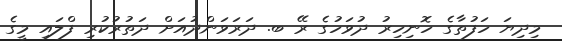
މިދިޔަ ހަފުތާގެ ހޮނިހިރު ދުވަހުގެ ރޭ ބ. ދަރަވަންދުއަށް ދަތުރުކުރި ފްލައި މީގެ